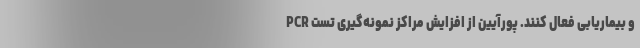
و بیماریابی فعال کنند. پورآیین از افزایش مراکز نمونه‌گیری تست PCR